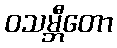
ဝသမ္ဘီတော